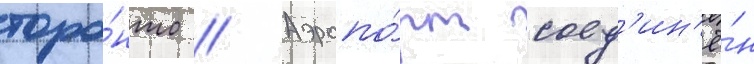
торо́нто // Аэропо́рт соед'ин'ё́н